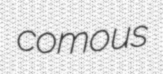
comous